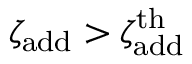
\zeta _ { \mathrm { a d d } } > \zeta _ { \mathrm { a d d } } ^ { \mathrm { t h } }